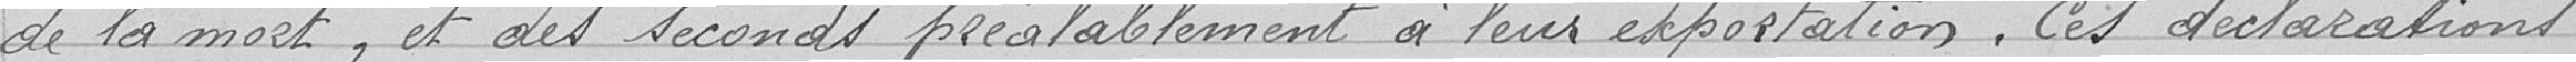
de la mort, et des seconds préalablement à leur exportation. Ces déclarations